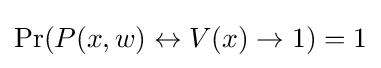
\Pr(P(x,w)\leftrightarrow V(x)\rightarrow 1)=1